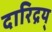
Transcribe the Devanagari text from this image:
दारिद्रय्